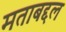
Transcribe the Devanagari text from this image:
मताबद्दल